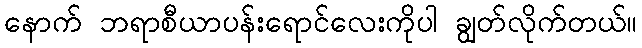
နောက် ဘရာစီယာပန်းရောင်လေးကိုပါ ချွတ်လိုက်တယ်။